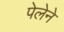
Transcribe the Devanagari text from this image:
पेलेने